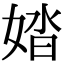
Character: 㛥